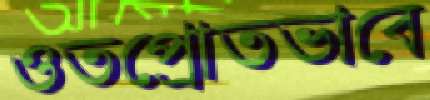
ওতপ্রোতভাবে